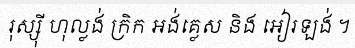
រុស្ស៊ី ហុល្លង់ ក្រិក អង់គ្លេស និង អៀរឡង់ ។